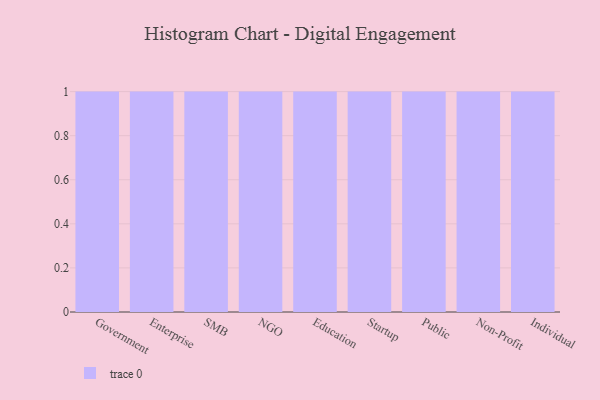
{"axis": {"x": "Segment", "y": "Humidity (%)"}, "legend": [""], "data": [{"x": "Government", "y": 51, "type": ""}, {"x": "Enterprise", "y": 20, "type": ""}, {"x": "SMB", "y": 7, "type": ""}, {"x": "NGO", "y": 93, "type": ""}, {"x": "Education", "y": 26, "type": ""}, {"x": "Startup", "y": 16, "type": ""}, {"x": "Public", "y": 73, "type": ""}, {"x": "Non-Profit", "y": 98, "type": ""}, {"x": "Individual", "y": 54, "type": ""}]}